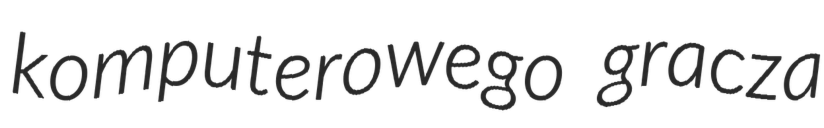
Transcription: komputerowego gracza